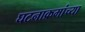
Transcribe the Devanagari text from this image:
घटनाक्रमांच्या